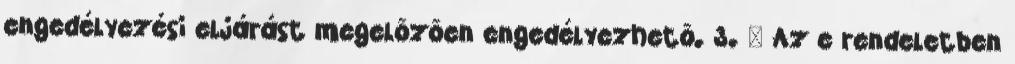
engedélyezési eljárást megelõzõen engedélyezhetõ. 3. § Az e rendeletben